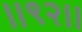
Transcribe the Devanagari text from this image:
।।९२।।